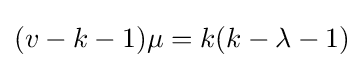
(v-k-1)\mu =k(k-\lambda -1)